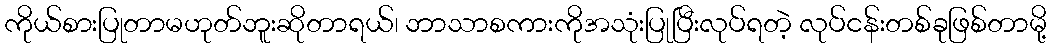
ကိုယ်စားပြုတာမဟုတ်ဘူးဆိုတာရယ်၊ ဘာသာစကားကိုအသုံးပြုပြီးလုပ်ရတဲ့ လုပ်ငန်းတစ်ခုဖြစ်တာမို့